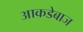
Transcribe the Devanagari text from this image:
आकडेबाज